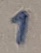
Text: 1